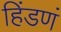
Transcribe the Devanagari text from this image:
हिंडणं